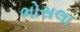
ભોસલા